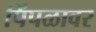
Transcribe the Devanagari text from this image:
पिंपळावर